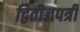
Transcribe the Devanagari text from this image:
द्वितीजपत्री